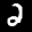
Label: 2